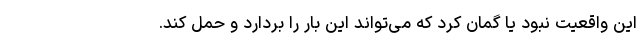
این واقعیت نبود یا گمان کرد که می‌تواند این بار را بردارد و حمل کند.